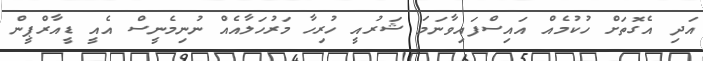
އަދި އެގޮތަށް ހުކުމެއް އައިސްފައިވާނަމަ ޝަރުއީ ހުރިހާ މަރުހަލާއެއް ނުނިމެނީސް އެއީ ޑީއާރްޕީން